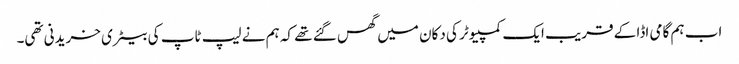
اب ہم گامی اڈا کے قریب ایک کمپیوٹر کی دکان میں گھس گئے تھے کہ ہم نے لیپ ٹاپ کی بیٹری خریدنی تھی۔